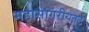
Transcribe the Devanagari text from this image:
महासागरीयतट